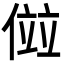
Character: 傡